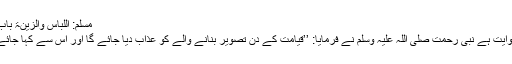
مسلم: اللباس والزینۃ باب تحریم تصویر صورۃ الحیوان 2109)
عبد اللہ بن عمر رضی اللہ عنہما سے روایت ہے نبی رحمت صلی اللہ علیہ وسلم نے فرمایا: ’’قیامت کے دن تصویر بنانے والے کو عذاب دیا جائے گا اور اس سے کہا جائے گا کہ تم نے جو تصویریں بنائی تھیں۔